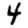
Digit: 4